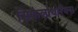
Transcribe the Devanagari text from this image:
सिफैलोथोरैक्स